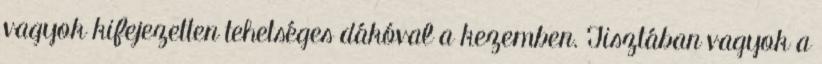
vagyok kifejezetten tehetséges dákóval a kezemben. Tisztában vagyok a